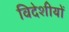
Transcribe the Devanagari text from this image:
विदेशीयों